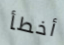
أخطأ